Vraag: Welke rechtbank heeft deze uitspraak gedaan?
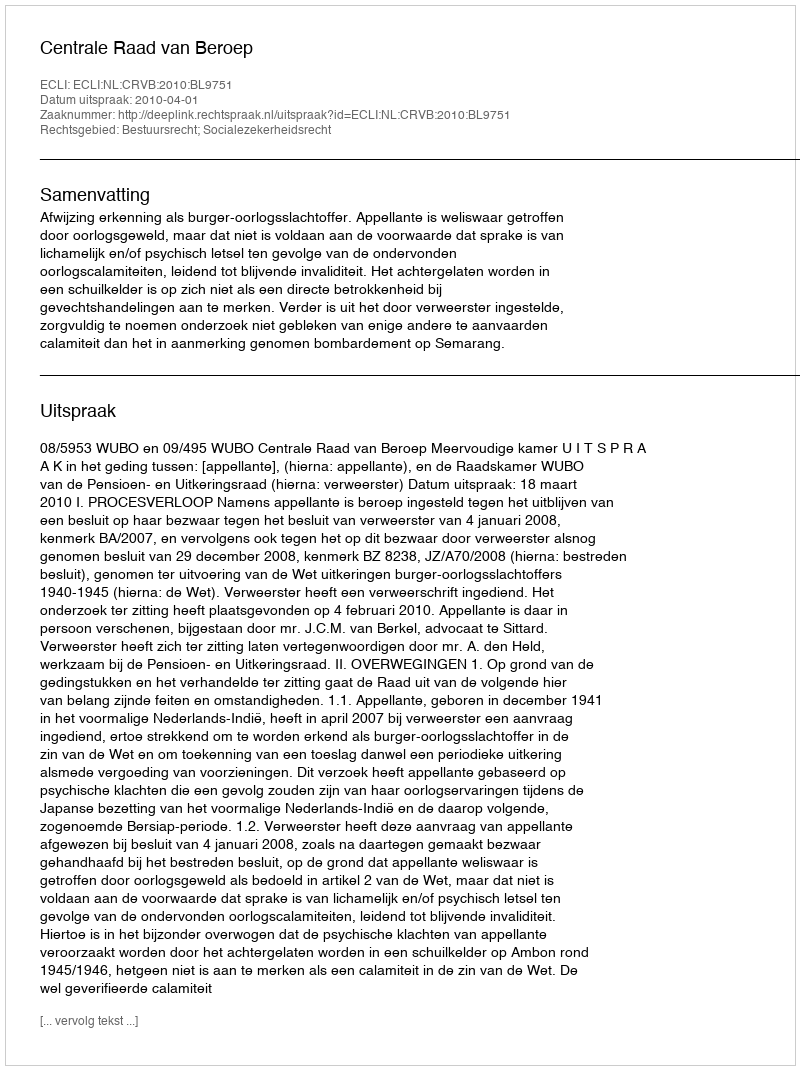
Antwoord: Centrale Raad van Beroep